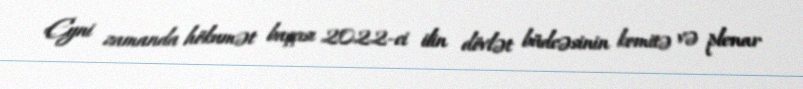
Eyni zamanda hökumət başçısı 2022-ci ilin dövlət büdcəsinin komitə və plenar